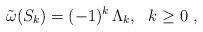
LaTeX: \begin{align*}\tilde{\omega}(S_k) = (-1)^{k}\, \Lambda_k,\ \ k\geq 0\ ,\end{align*}